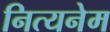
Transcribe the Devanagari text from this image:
नित्यनेम